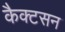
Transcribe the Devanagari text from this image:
कैक्टसन